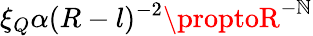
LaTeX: \xi_{Q}\alpha(R-l)^{-2}\proptoR^{-\mathbb{N}}